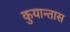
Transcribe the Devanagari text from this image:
कुयान्तास